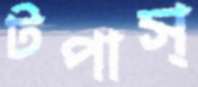
টপাস্‌